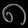
Digit: ၈